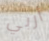
أربي